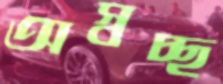
অস্বচ্ছ